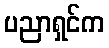
ပညာရှင်က